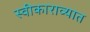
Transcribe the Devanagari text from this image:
स्वीकाराव्यात